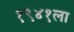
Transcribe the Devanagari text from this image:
१९४१ला